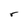
Character: r